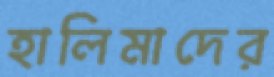
হালিমাদের